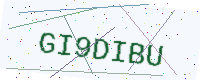
Text: GI9DIBU